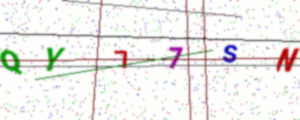
Text: QY77SN